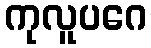
ကုလူပဂေ